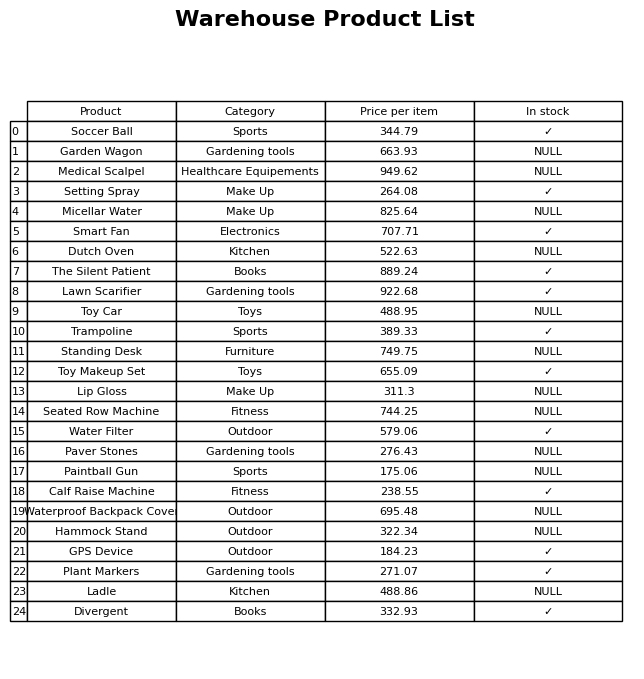
question: What is the stock status of the Waterproof Backpack Cover?
answer: NULL